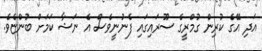
އަދި އޭގެ ކުރިން ގުމްރީގެ ސޫރައިގައި ފެނުނީވެސް އެ ނަޝާ ކަމަށް ބުންޏެވެ.